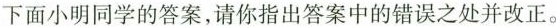
下面小明同学的答案，请你指出答案中的错误之处并改正。